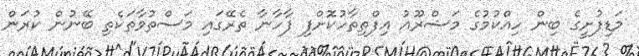
މަޑިފުށީގެ ބިން ހިއްކުމުގެ މަޝްރޫއު އިފްތިތާހުކޮށްފި ފާހާނާ ތެރޭގައި މަސްތުވާތަކެތި ބޭނުން ކުރަން